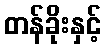
တန်ခိုးနှင့်